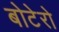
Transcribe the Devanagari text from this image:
बोटेरो